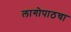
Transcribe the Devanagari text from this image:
लागोपाठचा